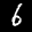
Label: 6